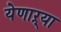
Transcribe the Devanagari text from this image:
येणाऱ्या